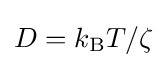
D=k_{\text{B}}T/\zeta